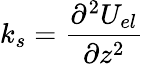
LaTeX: k_{s}=\frac{\partial^{2}U_{el}}{\partial z^{2}}